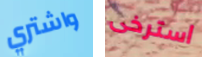
واشتري استرخى